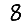
Digit: 8